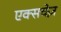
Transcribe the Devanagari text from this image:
एक्सचेज़